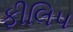
ફીલિપ